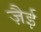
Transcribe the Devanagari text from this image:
ज़ैई